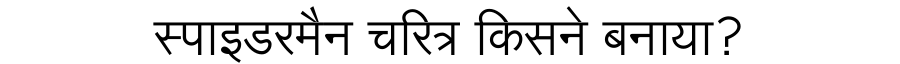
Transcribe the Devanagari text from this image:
स्पाइडरमैन चरित्र किसने बनाया?